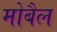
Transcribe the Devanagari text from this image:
मोबैल